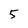
Character: 5